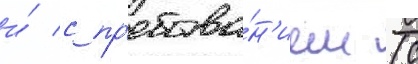
и́ с пр'ебыва́н'ием (с